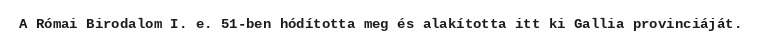
A Római Birodalom I. e. 51-ben hódította meg és alakította itt ki Gallia provinciáját.